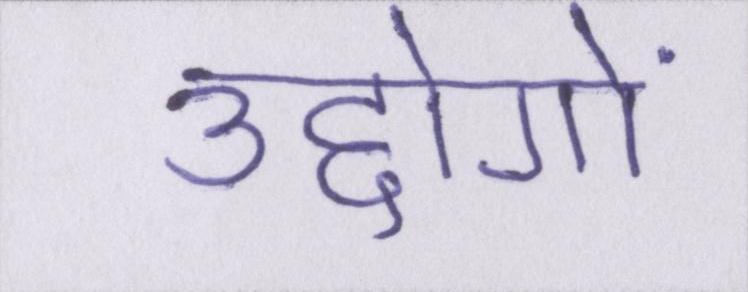
उद्दोगों